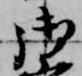
御